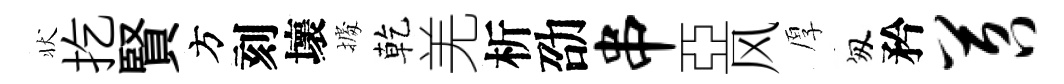
状扢賢方刻壞𢴃乾羌析劭串亞风厚匆矜苕